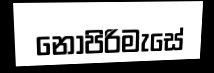
නොපිරිමැසේ